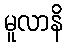
မူလာနိ